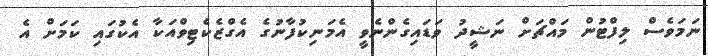
ނަމަވެސް ލިފްޓުން މައްޗަށް ނަޝީދު ވަޑައިގެންނެވީ އެމަނިކުފާނުގެ އެގްޒެކެޓިވްއަކާ އެކުގައި ކަމަށް އެ